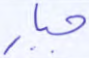
جبار